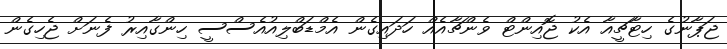
ޖަޕާނުގެ ހިޓާޗީއާ އެކު ޖޮއިންޓް ވެންޗާއެއް ހަދައިގެން އެމްޑަބްލިއުއެސްސީ ހިންގާއިރު ފެނަށް ޖެހިގެން